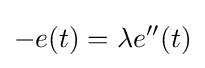
-e(t)=\lambda e''(t)